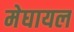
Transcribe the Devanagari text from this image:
मेघायल